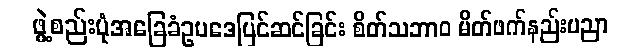
ဖွဲ့စည်းပုံအခြေခံဥပဒေပြင်ဆင်ခြင်း စိတ်သဘာဝ မိတ်ဖက်နည်းပညာ